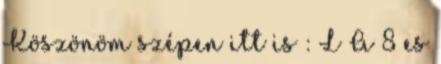
Köszönöm szépen itt is : L A 8 es